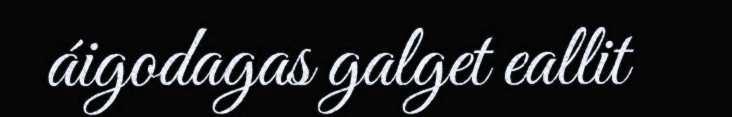
áigodagas galget eallit